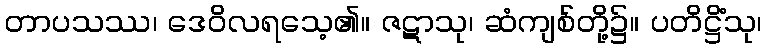
တာပသဿ၊ ဒေဝိလရသေ့၏။ ဇဋာသု၊ ဆံကျစ်တို့၌။ ပတိဋ္ဌိံသု၊